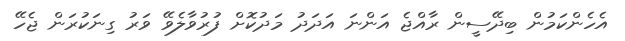
އެހެންކަމުން ބިދޭސީން ރާއްޖެ އަންނަ އަދަދު މަދުކޮށް ފުރުވާލެވޭ ވަރު ގިނަކުރަން ޖެހޭ